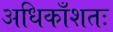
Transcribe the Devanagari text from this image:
अधिकाँशतः